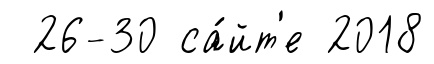
26-30 са́йт'е 2018